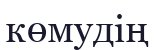
көмудің